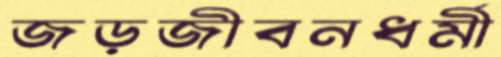
জড়জীবনধর্মী